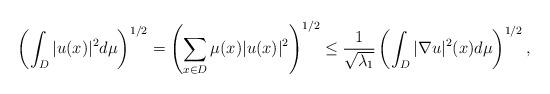
LaTeX: \begin{align*}\left(\int_{D} |u(x)|^2 d\mu \right)^{1/2} = \left(\sum_{x\in D} \mu (x) |u(x)|^2 \right)^{1/2} \leq \frac{1}{\sqrt{\lambda_1}}\left( \int_{D} |\nabla u|^2(x) d\mu \right)^{1/2},\end{align*}